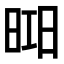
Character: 𣇖